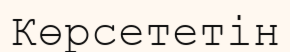
Көрсететін